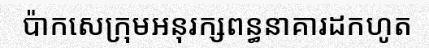
ប៉ាកសេក្រុមអនុរក្សពន្ធនាគារដកហូត